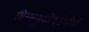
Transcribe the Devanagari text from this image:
मिरवणुकीसंबंधीची